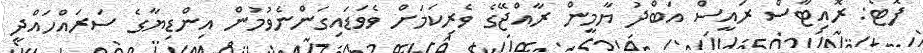
ފޮޓޯ: ރޮއިޓާސް ރައީސް އަބްދު ޔާމީން ރާއްޖޭގެ ވެރިކަމަށް ވެވަޑައިގަންނެވުމުން އިންޑިޔާގެ ސަރައްހައްދީ